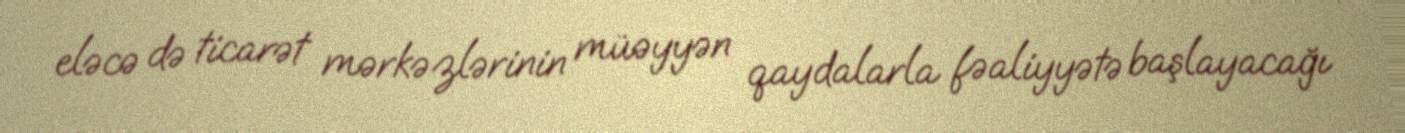
eləcə də ticarət mərkəzlərinin müəyyən qaydalarla fəaliyyətə başlayacağı